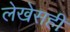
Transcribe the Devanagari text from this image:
लेखेसही